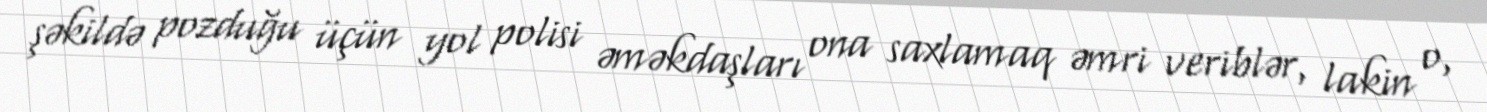
şəkildə pozduğu üçün yol polisi əməkdaşları ona saxlamaq əmri veriblər, lakin o,